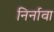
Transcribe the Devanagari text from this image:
निर्नावा